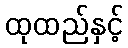
ထုထည်နှင့်